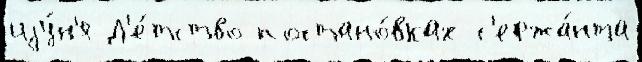
иjу́н'я Д'е́тство постано́вках с'ержа́нта